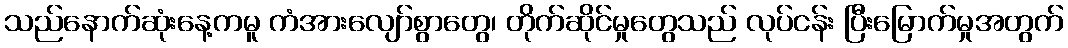
သည်နောက်ဆုံးနေ့ကမူ ကံအားလျော်စွာတွေ၊ တိုက်ဆိုင်မှုတွေသည် လုပ်ငန်း ပြီးမြောက်မှုအတွက်